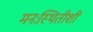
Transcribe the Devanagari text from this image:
मनःस्थितीशी